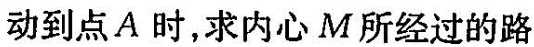
动到点A时，求内心M所经过的路